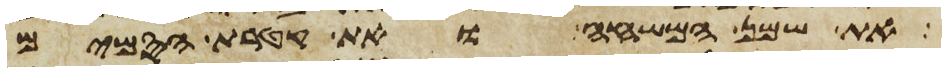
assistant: את שמן המשחה ואת קטרת הסמים